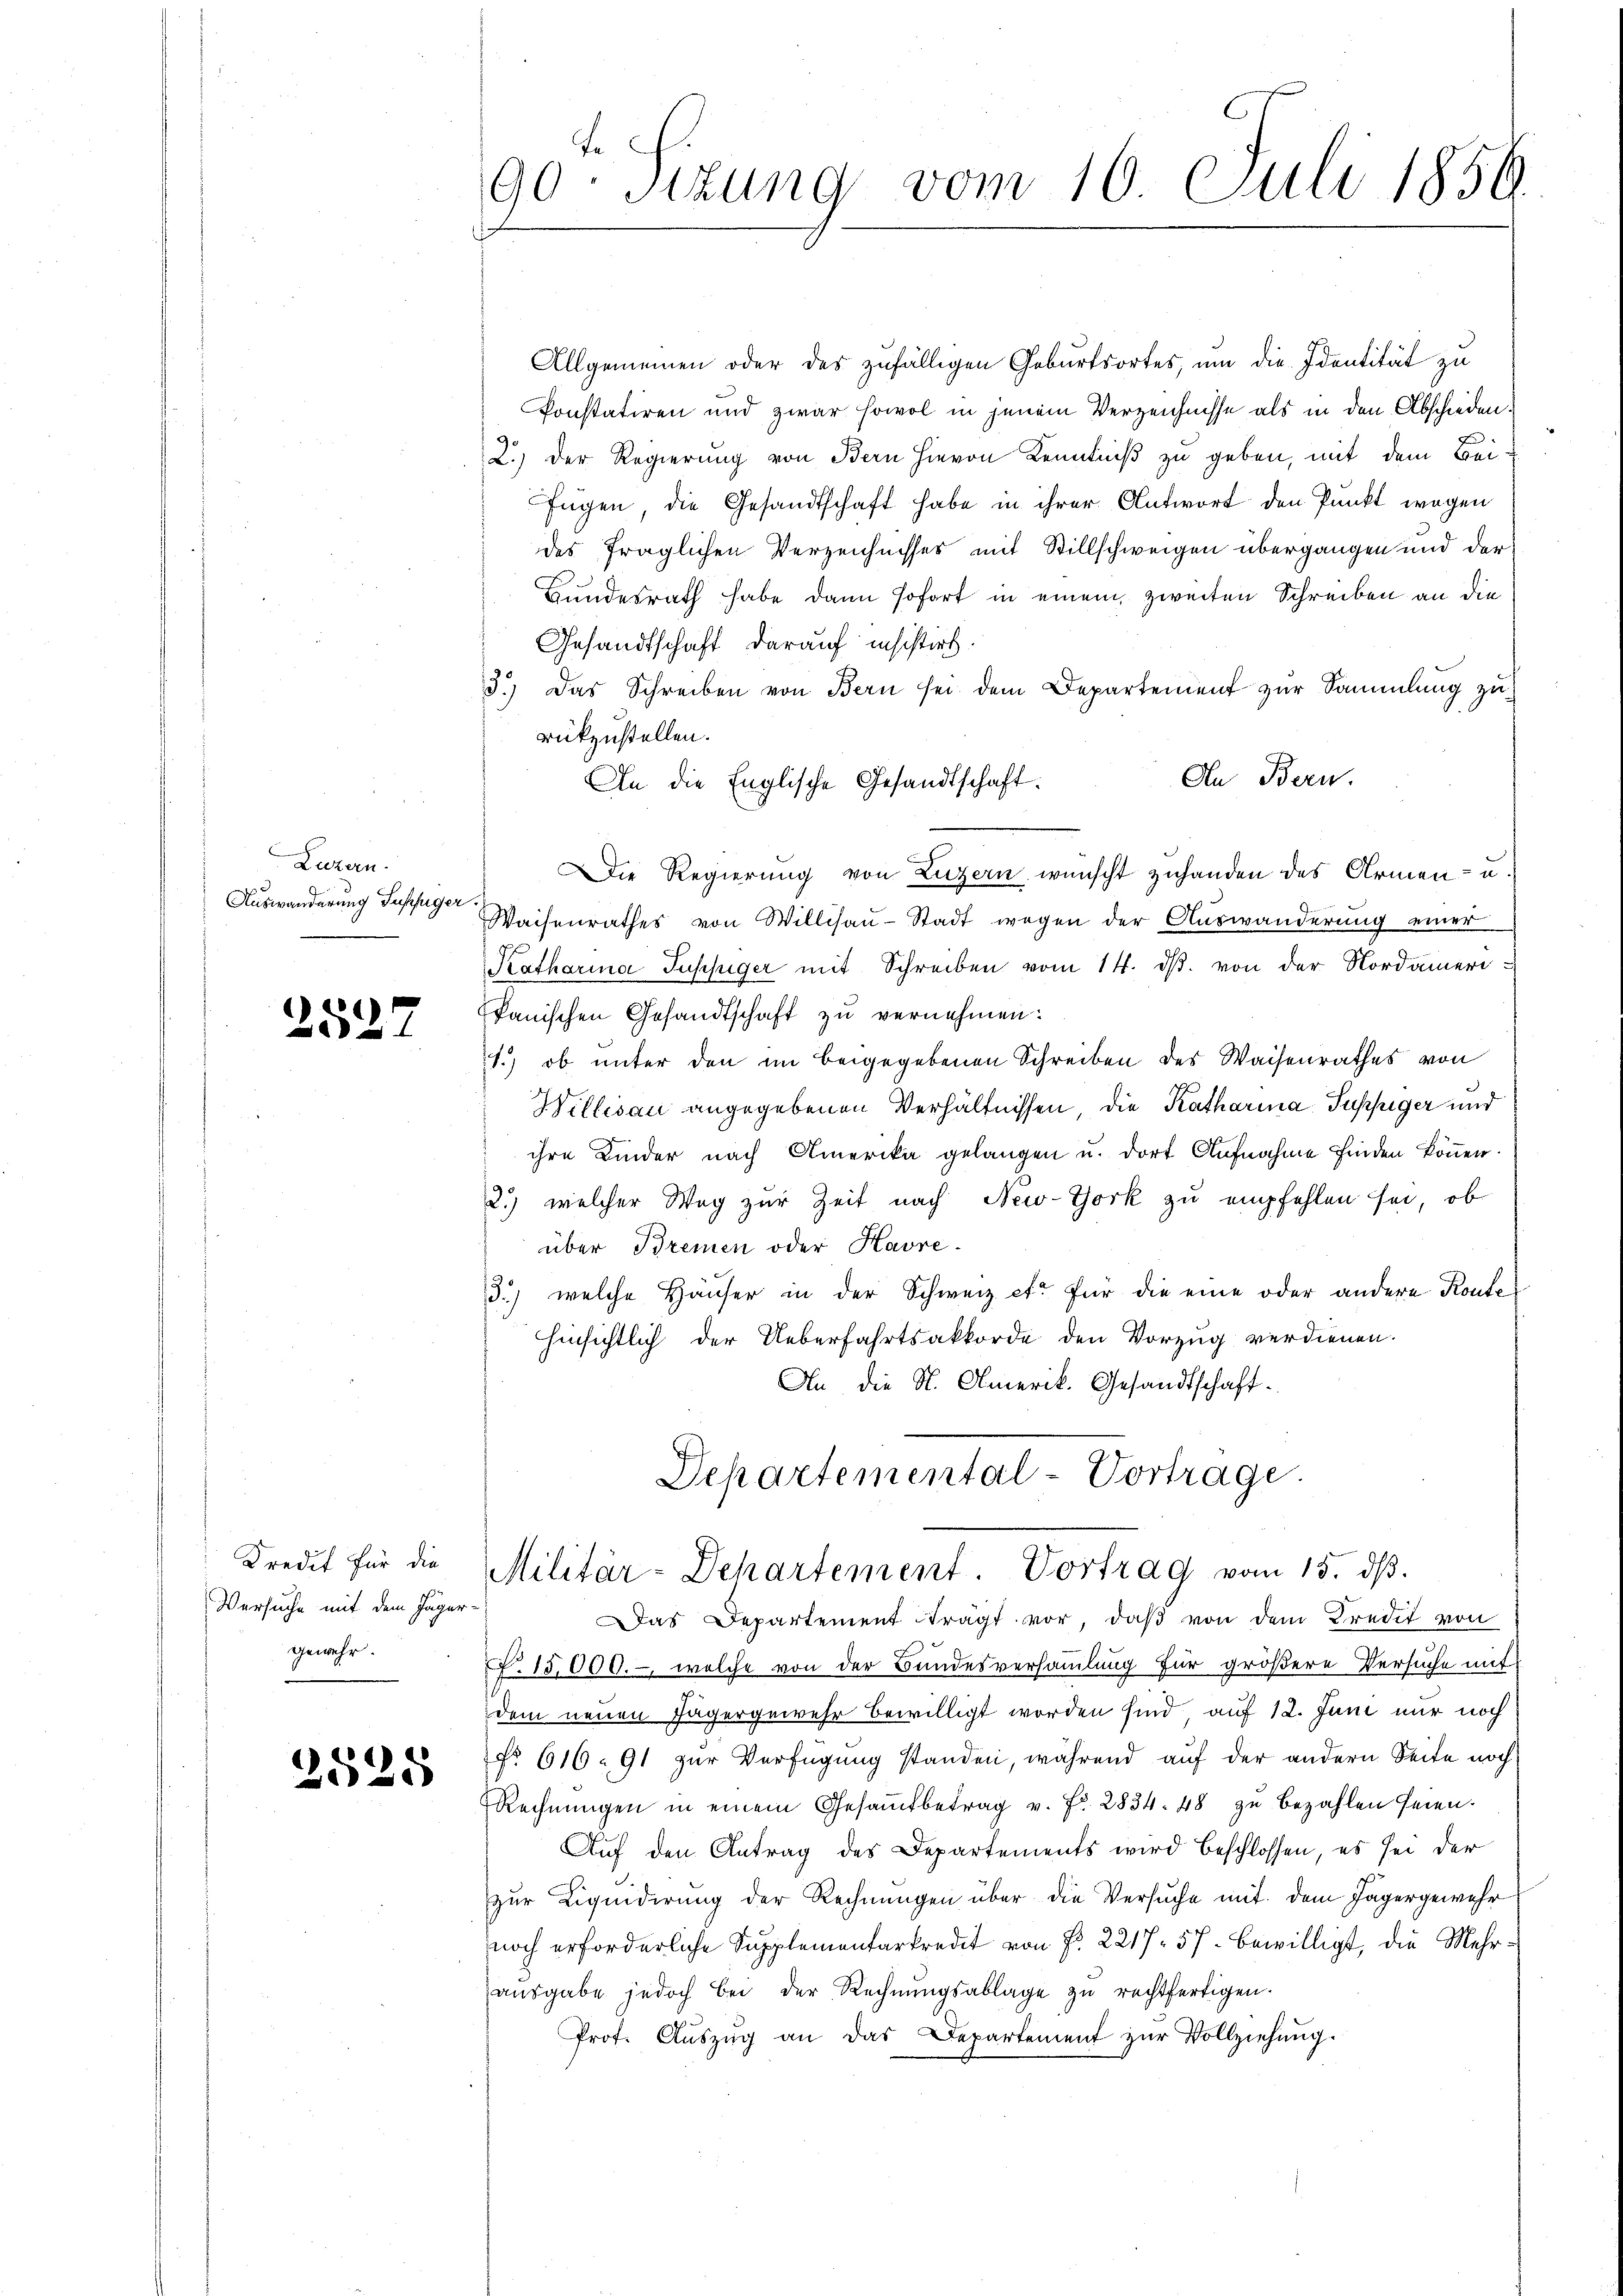
Luzern.
Auswanderung Suhfüger

2527

Kredit für die
Versuche mit dem Jäger-
gewehr.

2525

Allgemeinen oder des zufälligen Geburtsortes, um die Identität zu
Konstatiren und zwar sowol in jenem Verzeichnisse als in den Abschieden
2.) Der Regierung von Bern hievon Kenntniß zu geben, mit dem Bei-
fügen die Gesandtschaft habe in ihrer Antwort den Punkt wegen
des fraglichen Verzeichnisses mit Stillschweigen übergangen und der
Bundesrath habe dann sofort in einem zweiten Schreiben an die
Gesandtschaft darauf insistirt.
3.) Das Schreiben von Bern sei dem Departement zur Sammlung zu
rückzustellen.
An Bern.
An die Englische Gesandtschaft.
Die Regierung von Luzern wünscht zuhanden des Armen- u.
Waisenrathes von Willisau-Stadt wegen der Auswanderung einer
Katharina Puppiger mit Schreiben vom 14. dβ. von der Nordameripanischen Gesandtschaft zu vernehmen:
1.) ob unter den im beigegebenen Schreiben des Waisenrathes von
Willisau angegebenen Verhältnissen, die Katharina Puppiger und
ihre Kinder nach Amerika gelangen u. dort Aufnahme finden können
2.) welcher Weg zur Zeit nach New-York zu empfehlen sei, ob
über Bremen oder Havre-
3.) welche Häuser in der Schweiz et für die eine oder andere Konte
hinsichtlich der Ueberfahrtsakkorde den Vorzug verdienen.
An die N. Amerik. Gesandtschaft.
Departemental-Vortrage.

90. Sizung vom 16. Juli 1856

Militär-Dehartement. Vortrag vom 15. dβ.

Das Departement trägt vor, daβ von dem Kredit von
f. 15,000.- welche von der Bundesversammlung für größere Versuche mit
dem neuen Jägergewehr bewilligt worden sind auf 12. Juni nur noch
No 616. 91 zur Verfügung standen, während auf der andern Seite noch
Rechnŭngen in einem Gesamtbetrag v. Fr. 2834. 48 zu bezahlen seien.
Auf den Antrag des Departements wird beschlossen, es sei der
zur Liquidirung der Rechnungen über die Versuche mit dem Jägergewehr
noch erforderliche Supplementarkredit von Fr. 2217. 57. bewilligt, die Mehraŭsgabe jedoch bei der Rechnŭngsablage zŭ rechtfertigen.
Prot. Aŭszŭg an das Departement zur Vollziehung.